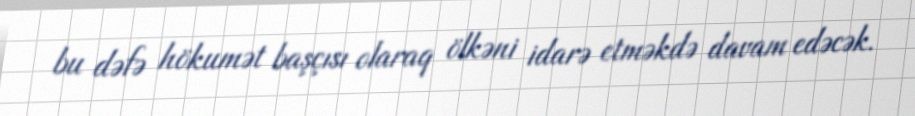
bu dəfə hökumət başçısı olaraq ölkəni idarə etməkdə davam edəcək.